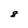
Character: 8